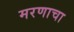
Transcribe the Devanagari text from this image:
मरणाचा